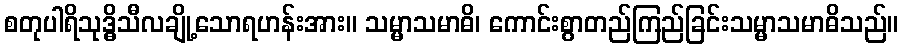
စတုပါရိသုဒ္ဓိသီလချို့သောရဟန်းအား။ သမ္မာသမာဓိ၊ ကောင်းစွာတည်ကြည်ခြင်းသမ္မာသမာဓိသည်။